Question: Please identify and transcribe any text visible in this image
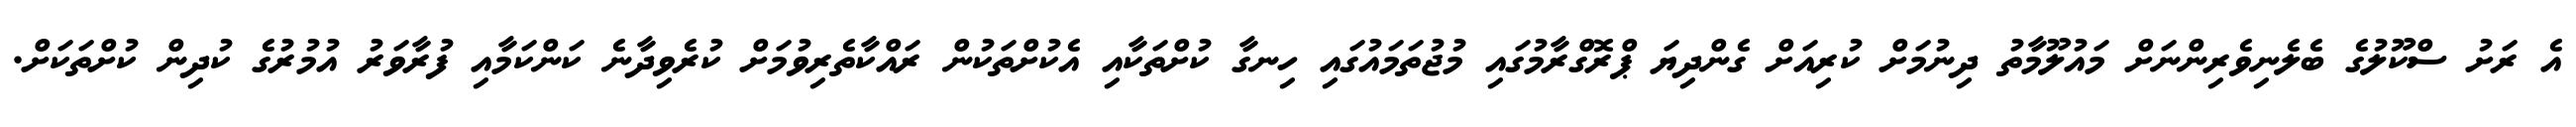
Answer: އެ ރަށު ސްކޫލުގެ ބެލެނިވެރިންނަށް މައުލޫމާތު ދިނުމަށް ކުރިއަށް ގެންދިޔަ ޕްރޮގްރާމުގައި މުޖުތަމައުގައި ހިނގާ ކުށްތަކާއި އެކުށްތަކުން ރައްކާތެރިވުމަށް ކުރެވިދާނެ ކަންކަމާއި ފުރާވަރު އުމުރުގެ ކުދިން ކުށްތަކަށް.